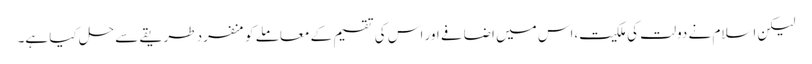
لیکن اسلام نے دولت کی ملکیت،اس میں اضافے اور اس کی تقسیم کے معاملے کو منفرد طریقے سے حل کیا ہے۔